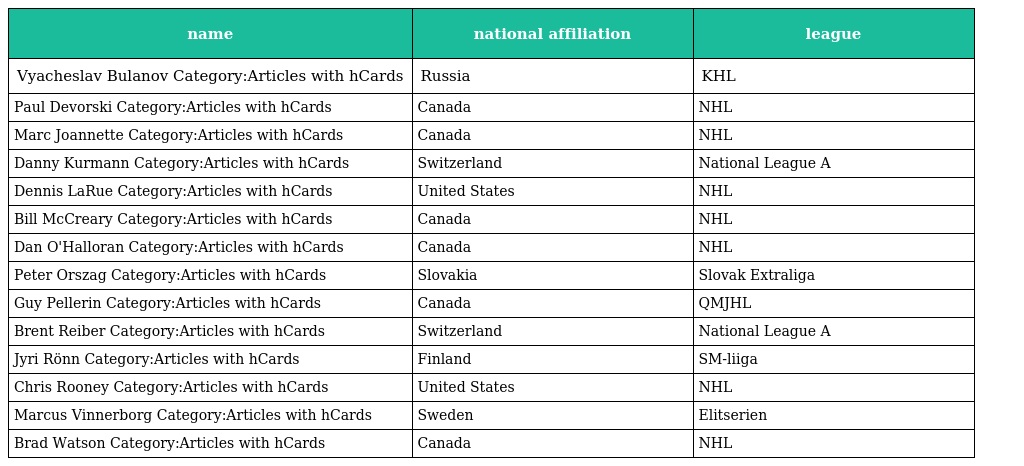
| name | national affiliation | league |
 | --- | --- | --- |
 | Vyacheslav Bulanov Category:Articles with hCards | Russia | KHL |
 | Paul Devorski Category:Articles with hCards | Canada | NHL |
 | Marc Joannette Category:Articles with hCards | Canada | NHL |
 | Danny Kurmann Category:Articles with hCards | Switzerland | National League A |
 | Dennis LaRue Category:Articles with hCards | United States | NHL |
 | Bill McCreary Category:Articles with hCards | Canada | NHL |
 | Dan O'Halloran Category:Articles with hCards | Canada | NHL |
 | Peter Orszag Category:Articles with hCards | Slovakia | Slovak Extraliga |
 | Guy Pellerin Category:Articles with hCards | Canada | QMJHL |
 | Brent Reiber Category:Articles with hCards | Switzerland | National League A |
 | Jyri Rönn Category:Articles with hCards | Finland | SM-liiga |
 | Chris Rooney Category:Articles with hCards | United States | NHL |
 | Marcus Vinnerborg Category:Articles with hCards | Sweden | Elitserien |
 | Brad Watson Category:Articles with hCards | Canada | NHL |